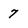
Character: 7